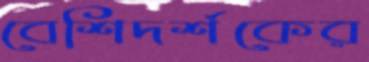
বেশিদর্শকের